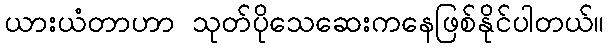
ယားယံတာဟာ သုတ်ပိုသေဆေးကနေဖြစ်နိုင်ပါတယ်။